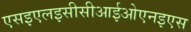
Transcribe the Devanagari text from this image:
एसइएलइसीसीआईओएनइएस